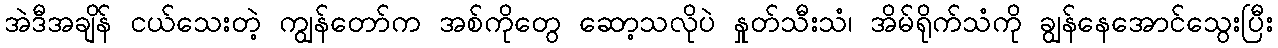
အဲဒီအချိန် ငယ်သေးတဲ့ ကျွန်တော်က အစ်ကိုတွေ ဆော့သလိုပဲ နှုတ်သီးသံ၊ အိမ်ရိုက်သံကို ချွန်နေအောင်သွေးပြီး